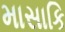
માસાકિ